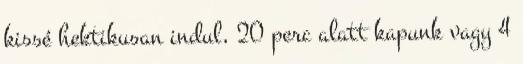
kissé hektikusan indul, 20 perc alatt kapunk vagy 4